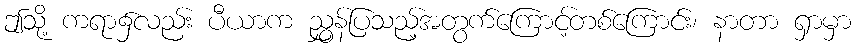
ဤသို့ ကရာ၌လည်း ပီယာက ညွှန်ပြသည့်အတွက်ကြောင့်တစ်ကြောင်း၊ နာတာ ရှာမှာ